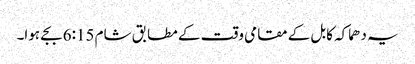
یہ دھماکہ کابل کے مقامی وقت کے مطابق شام 6:15 بجے ہوا۔